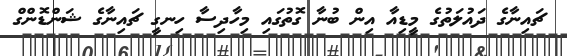
ޗައިނާގެ ދައުލަތުގެ މީޑިއާ އިން ބުނާ ގޮތުގައި މިހާދިސާ ހިނގީ ޗައިނާގެ ޝަންޑޮންގް